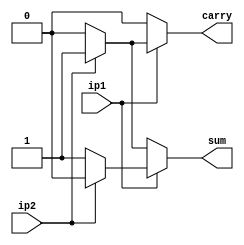
`timescale 1ns / 1ps
module half_Adder_bl(ip1,ip2,carry,sum);
    input ip1,ip2;
    output carry,sum;
    reg ca=1'b0;
    reg su=1'b0;
    
    always@(ip1,ip2) begin
    
    if(ip1) begin
            if(ip2) begin
            ca = 1'b1;
            su = 1'b0; end
        else begin
            ca = 1'b0;
            su = 1'b1;
            end
        end
        
        else begin
            if(ip2) begin
            ca = 1'b0;
            su = 1'b1;
            end

        else begin
            ca = 1'b0 ;
            su = 1'b0;
            end
        end
    end
    
    assign sum = su;
    assign carry = ca;
endmodule